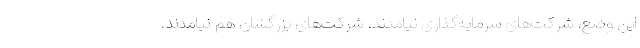
این وضع، شرکت‌های سرمایه‌گذاری نیامدند، شرکت‌های بزرگشان‌ هم نیامدند،